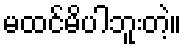
မထင်မိပါဘူးတဲ့။